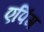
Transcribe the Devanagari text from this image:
एपिंग